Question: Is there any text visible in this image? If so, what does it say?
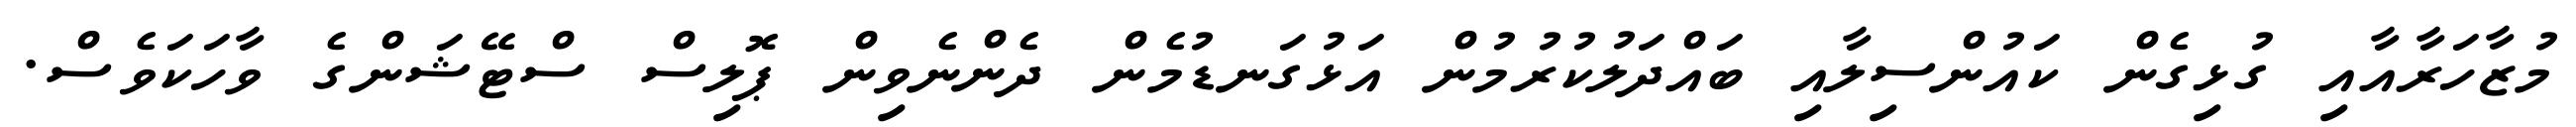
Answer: މުޒާހަރާއާއި ގުޅިގެން ކައުންސިލާއި ބައްދަލުކުރުމުން އަޅުގަނޑުމެން ދެންނެވިން ޕޮލިސް ސްޓޭޝަންގެ ވާހަކަވެސް.